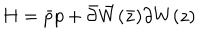
H = \bar { p } p + \bar { \partial } \bar { W } ( \bar { z } ) \partial W ( z )